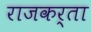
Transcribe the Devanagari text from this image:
राजकर्ता